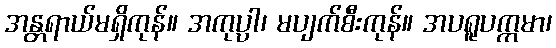
အန္တရာယ်မရှိကုန်။ အကုပ္ပါ၊ မပျက်စီးကုန်။ အပရူပက္ကမာ၊